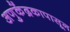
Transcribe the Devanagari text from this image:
अणुकेंद्रकापासून